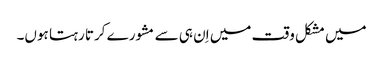
میں مشکل وقت میں اِن ہی سے مشورے کرتا رہتا ہوں۔